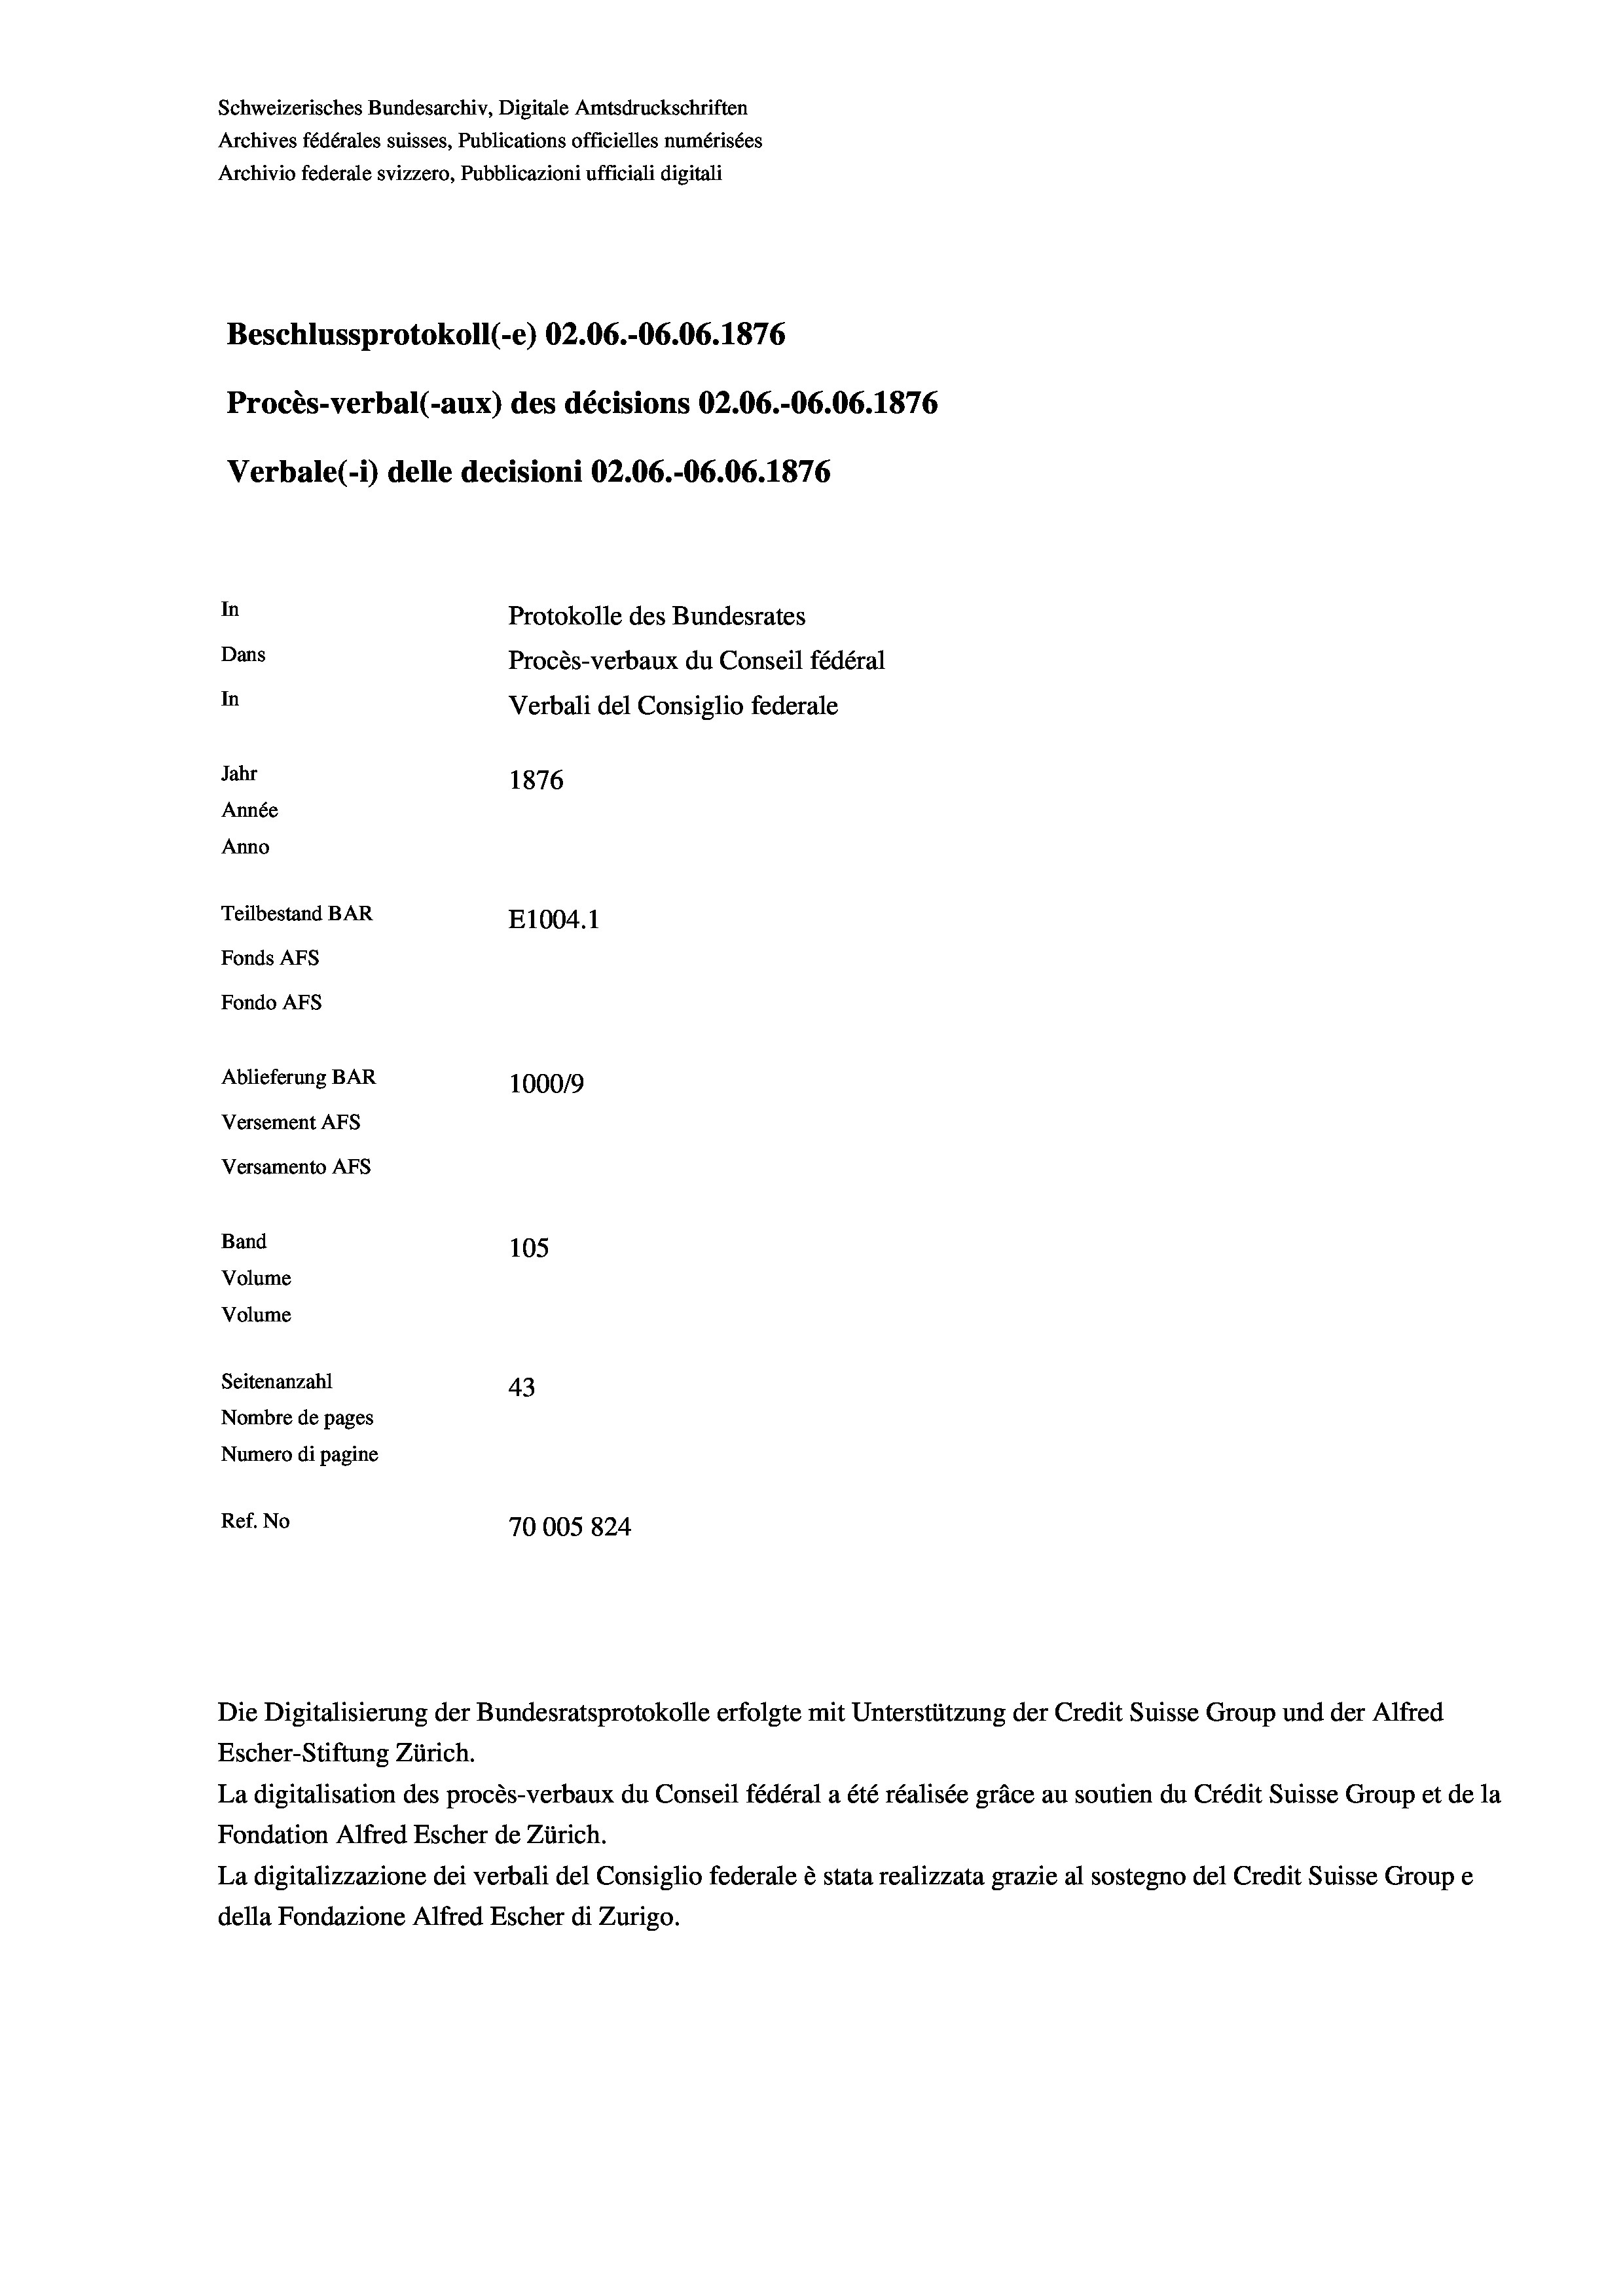
Schweizerisches Bundesarchiv, Digitale Amtsdruckschriften
Archives fédérales suisses, Publications officielles numérisées
Archivio federale svizzero, Pubblicazioni ufficiali digitali
Beschlussprotokoll (-e) 02.06.-06.06. 1876
Procès-verbal (-aux) des décisions 02.06.-06.06. 1876
Verbale (i) delle decisioni 02.06.-06.06. 1876
In
Protokolle des Bundesrates
Dans
Procès-verbaux du Conseil fédéral
In
Verbali del Consiglio federale
Jahr
1876
Année
Anno
Teilbestand BAR
E1004.1
Fonds AFs
Fondo Afs
Ablieferung BAR
100019
Versement AFs
Versamento AFS
Band
105
Volume
Volume
Seitenanzahl
43
Nombre de pages
Numero di pagine
Ref. No
70005824

Die Digitalisierung der Bundesratsprotokolle erfolgte mit Unterstützung der Credit Suisse Group und der Alfred
Escher-Stiftung Zürich.
La digitalisation des procès-verbaux du Conseil fédéral a été réalisée gräce au soutien du Crédit Suisse Group et de la
Fondation Alfred Escher de Zürich.
La digitalizzazione dei verbali del Consiglio federale è stata realizzata grazie al sostegno del Credit Suisse Groupe
della Fondazione Alfred Escher di Zurigo.